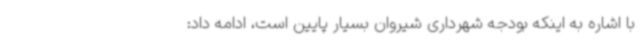
با اشاره به اینکه بودجه شهرداری شیروان بسیار پایین است، ادامه داد: